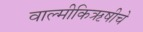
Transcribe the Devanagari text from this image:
वाल्मीकिऋषीचे